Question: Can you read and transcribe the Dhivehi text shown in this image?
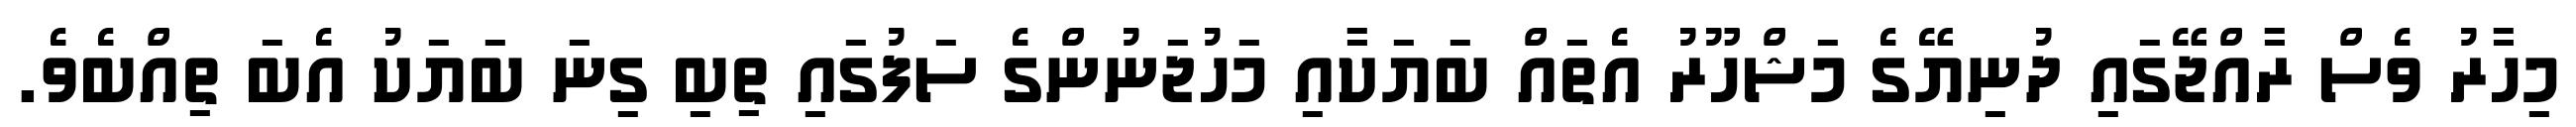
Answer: މިހާރު ވެސް ރާއްޖޭގައި ދުނިޔޭގެ މަޝްހޫރު އެތައް ބަޔަކާއި މަހުޖަނުންގެ ސަފުގައި ތިބި ގިނަ ބަޔަކު އެބަ ތިއްބެވެ.